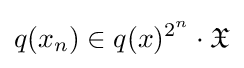
q(x_{n})\in q(x)^{2^{n}}\cdot {\mathfrak {X}}